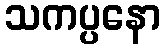
သကပ္ပနော